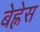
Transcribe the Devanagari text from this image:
बेह्नेस